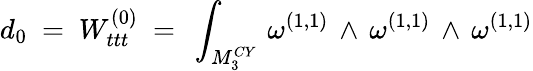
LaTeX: d_{0}~=~W_{ttt}^{(0)}~=~\int_{{M}_{3}^{CY}}\, \omega^{(1,1)}\, \wedge\, \omega^{(1,1)}\, \wedge\, \omega^{(1,1)}